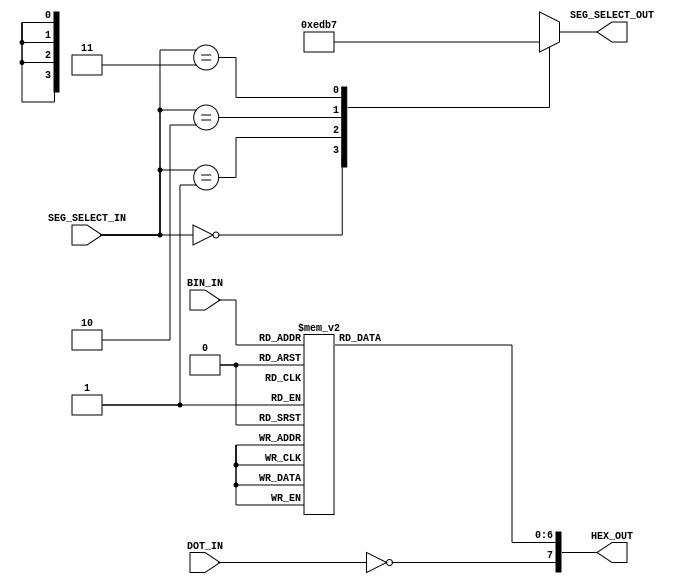
module Seg7Decoder(
    input [1:0] SEG_SELECT_IN,
    input [3:0] BIN_IN,
    input DOT_IN,
    output reg [3:0] SEG_SELECT_OUT,
    output reg [7:0] HEX_OUT
    );
    
    //segement selection case statement
      always@(SEG_SELECT_IN)begin
      case(SEG_SELECT_IN)
        2'b00:SEG_SELECT_OUT<=4'b1110;
        2'b01:SEG_SELECT_OUT<=4'b1101;
        2'b10:SEG_SELECT_OUT<=4'b1011;
        2'b11:SEG_SELECT_OUT<=4'b0111;
        default:SEG_SELECT_OUT<=4'b1111;
      endcase
      end 
      //connect 4-bit input to 8-bit 7-segment display output
        always@(BIN_IN or DOT_IN)begin
         case(BIN_IN)
           4'h0:HEX_OUT[6:0]<=7'b1000000;
           4'h1:HEX_OUT[6:0]<=7'b1111001;
           4'h2:HEX_OUT[6:0]<=7'b0100100;
           4'h3:HEX_OUT[6:0]<=7'b0110000;
           
           4'h4:HEX_OUT[6:0]<=7'b0011001;
           4'h5:HEX_OUT[6:0]<=7'b0010010;
           4'h6:HEX_OUT[6:0]<=7'b0000010;
           4'h7:HEX_OUT[6:0]<=7'b1111000;
           
           4'h8:HEX_OUT[6:0]<=7'b0000000;
           4'h9:HEX_OUT[6:0]<=7'b0010000;
           4'hA:HEX_OUT[6:0]<=7'b0001000;
           4'hB:HEX_OUT[6:0]<=7'b0000000;
           
           4'hC:HEX_OUT[6:0]<=7'b1000110;
           4'hD:HEX_OUT[6:0]<=7'b1000000;
           4'hE:HEX_OUT[6:0]<=7'b0000110;
           4'hF:HEX_OUT[6:0]<=7'b0001110;
           
           default:HEX_OUT[6:0]<=7'b1111111;
         endcase
         
       //This single bit controls the state of the DOT for each of the 7-segment display
         HEX_OUT[7]<=~DOT_IN;
         end
endmodule